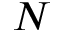
N